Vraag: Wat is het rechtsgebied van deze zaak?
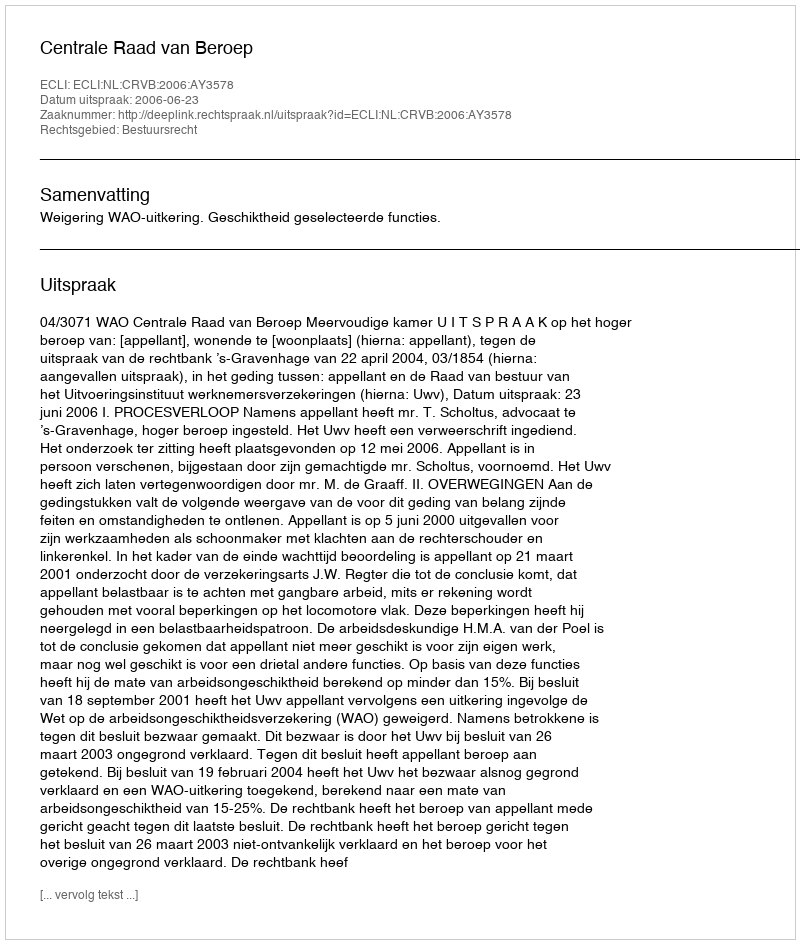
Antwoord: Bestuursrecht